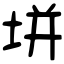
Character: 垪